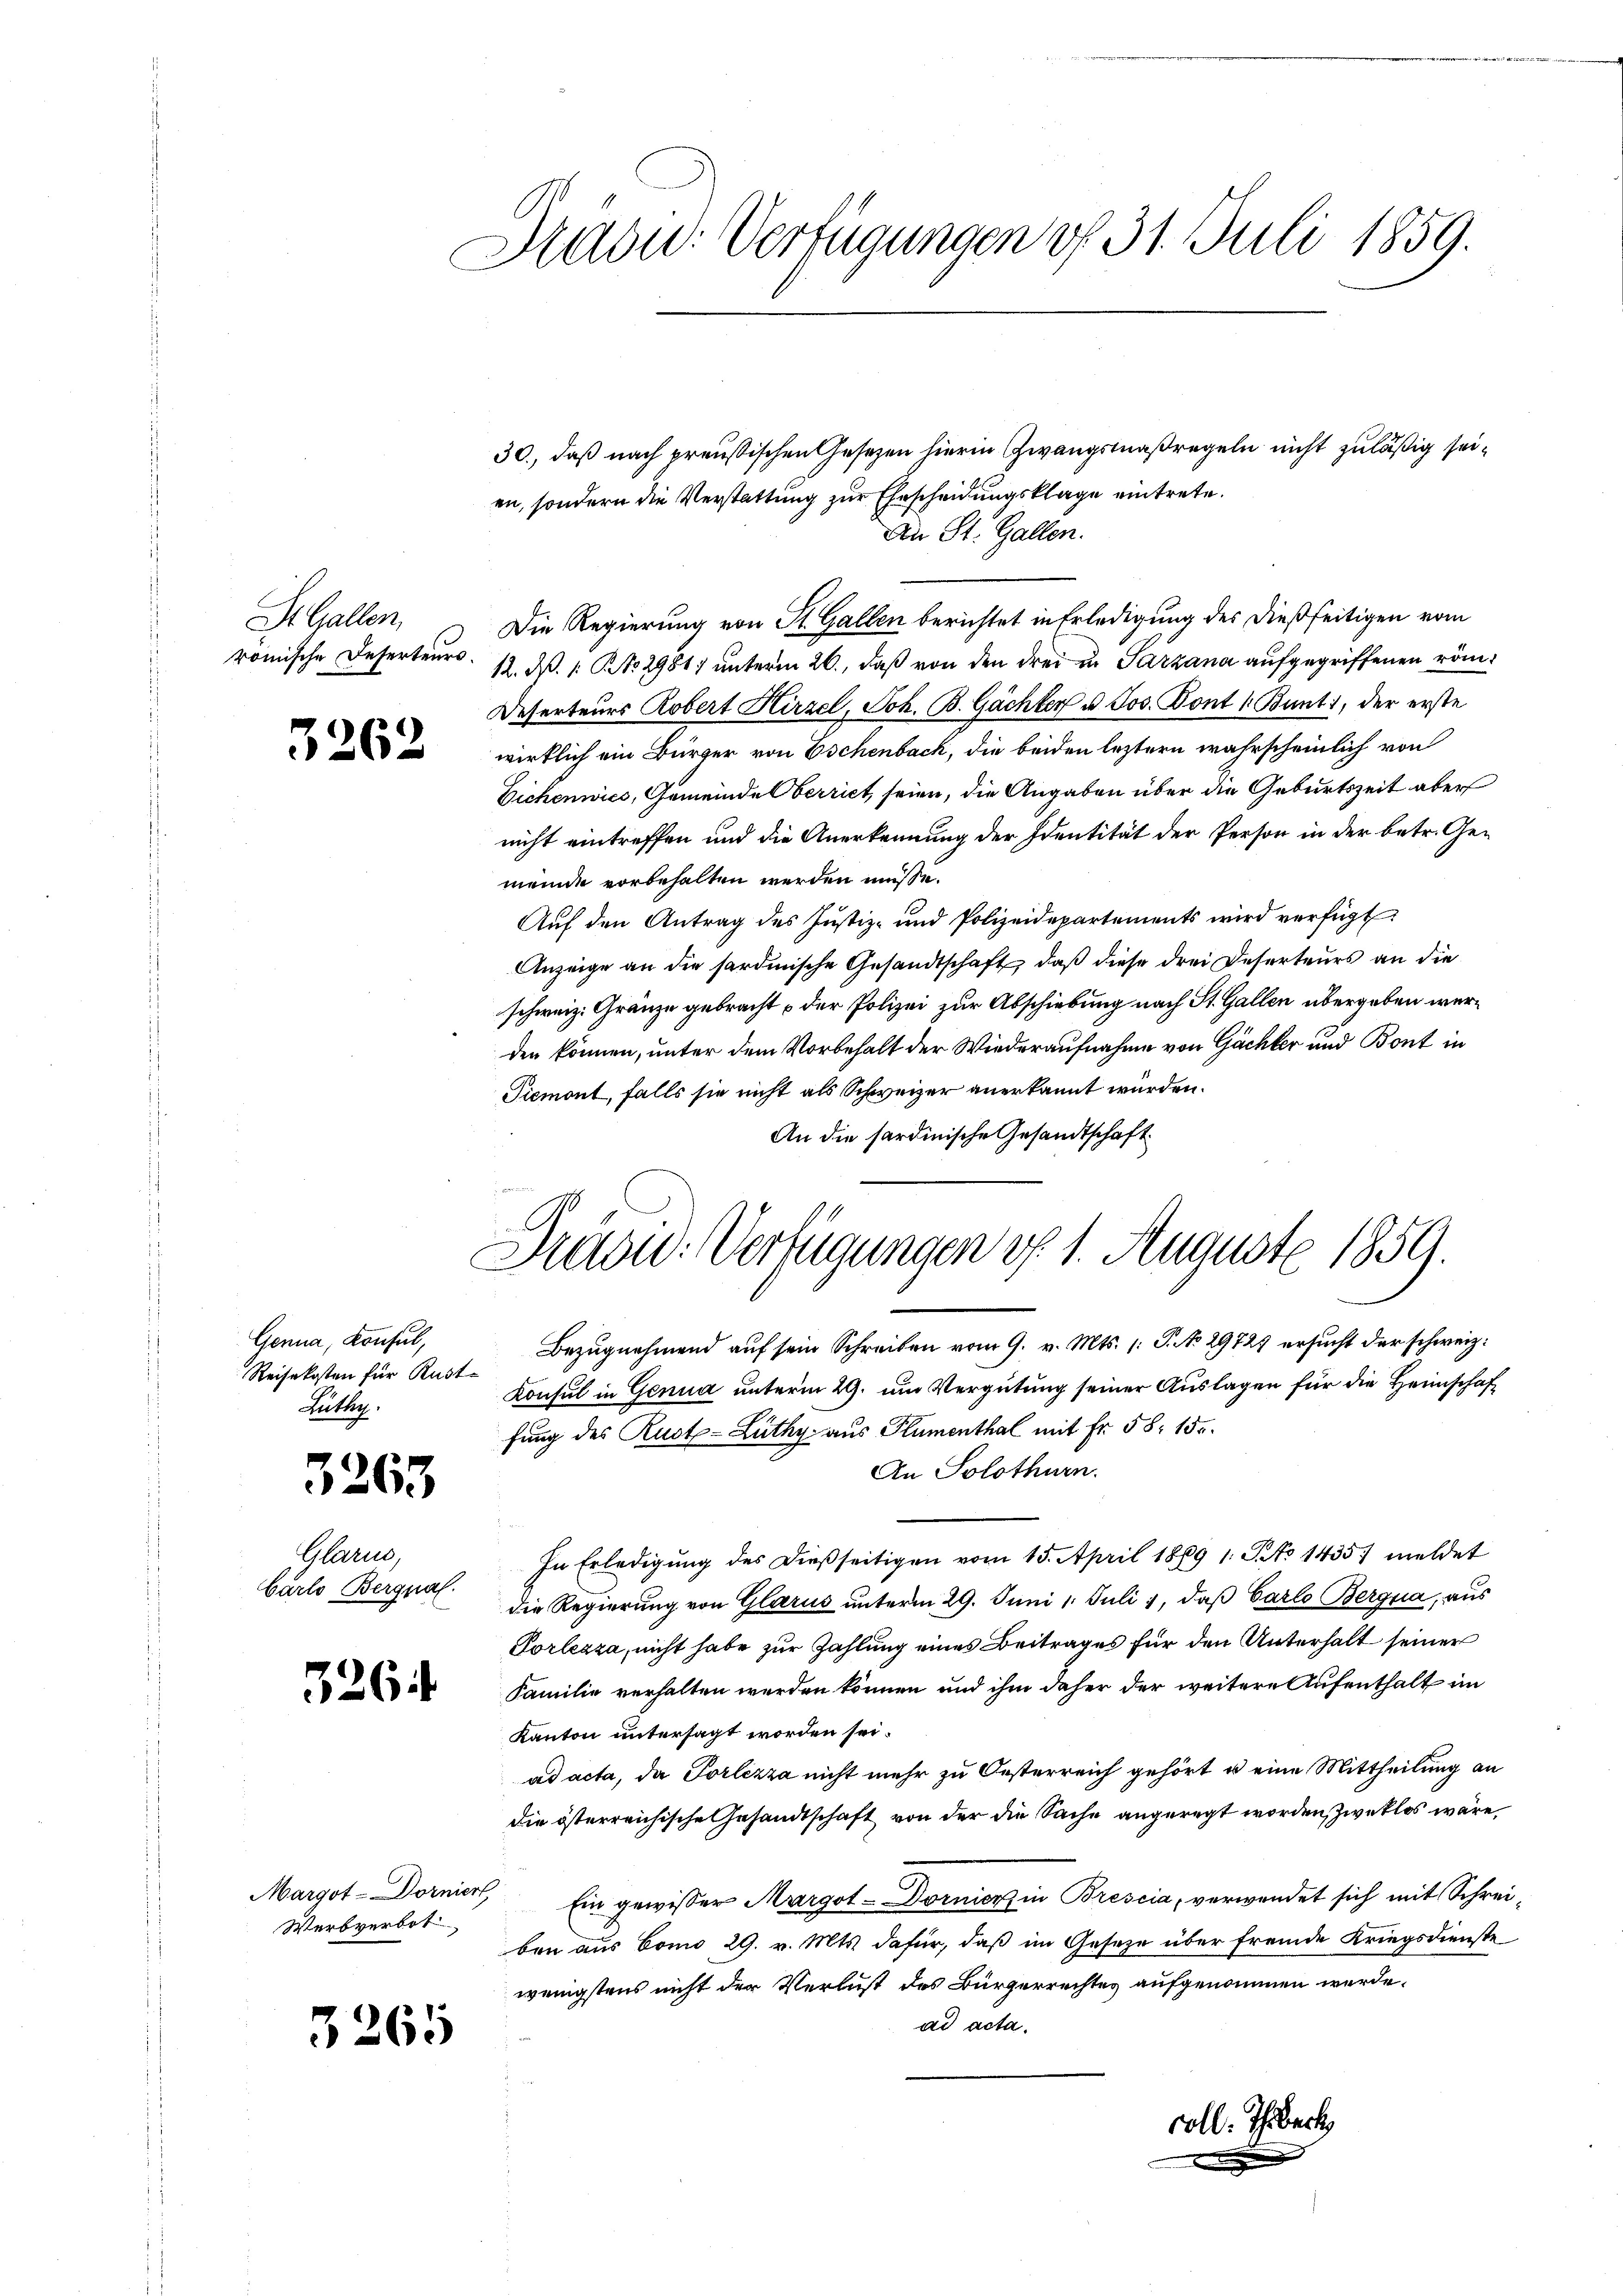
St. Gallen,

3262

Genua, Konsul,
Reisekosten für Rust-
Lutter.

3263

Glarus,
barlo Bergnal.

3264

Margot-Dorniert,
Werbverbot

3265

Aadu: Verfügungen vf 31. Juli 1859.

30., daß nach preußischen Gesetzen hierin Zwangsmaßregeln nicht zuläßig seien, sondern die Verstattung zur Ehrscheidungsklage eintrete.
An St. Gallen.
Die Regierung von St. Gallen berichtet in Erledigung des dießseitigen vom
römische Deserteurs. 12. d. 1. No 2981) unterm 26., daß von den drei in Parzana aufgegriffenen röm¬
Deserteurs Robert Hirzel, Joh. B. Gächter u. Jos. Dont 1. Bunti, der erste
wirklich ein Bürger von Eschenbach, die beiden leztern wahrscheinlich von
Eichenwics, Gemeindelberrict, seien, die Angaben über die Geburtszeit aber
nicht eintreffen und die Anerkennung der Identität der Person in der betr. Ge-
meinde vorbehalten werden müsse.
Auf den Antrag des Justiz- und Polizeidepartements wird verfügt
Anzeige an die sardinische Gesandtschaft, daß diese drei Deserteurs an die
schweiz. Gränze gebracht der Polizei zur Abschiebung nach St. Gallen übergeben werden können, unter dem Vorbehalt der Wiederaufnahme von Gächter und Bont in
Piemont, falls sie nicht als Schweizer anerkannt würden.
An die sardinische Gesandtschaft

Bezugnahmend auf sein Schreiben vom 9. v. Mts. (T. No 29727 ersucht der schweiz.
Konsul in Genua unterm 29. um Vergütung seiner Auslagen für die Heimschaffung des Rust-Lüthy aus Flumenthal mit Fr. 58. 150.
An Solothurn.
In Erledigŭng des dießseitigen vom 15. April 1869 1. Sto 1435) meldet
die Regierung von Glarus unterm 29. Juni 1. Juli 1, daß Carlo Bergria, aus
Porlezza, nicht habe zur Zahlung eines Beitrages für den Unterhalt seiner
Familie verhalten werden können und ihm daher der weitere Aufenthalt im
Kanton untersagt worden sei.
ad acta, da Porlezza nicht mehr zu Oesterreich gehört u eine Mittheilung an
die österreichische Gesandtschaft von der die Sache angeregt worden, Zweklos wäre
Ein gewisser Margot-Dornion in Brescia, verwendet sich mit Schreiben aus Como 29. v. Mts. dafür, daß im Geseze über fremde Kriegsdienste
wenigstens nicht der Verlust des Bürgerrechtes aufgenommen werde.
ad acta.

Präsid. Verfügungen d. 1. August 1859.

colle Thrbeck